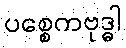
ပစ္စေကဗုဒ္ဓါ